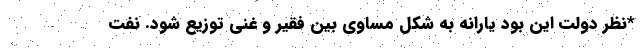
*نظر دولت این بود یارانه به شکل مساوی بین فقیر و غنی توزیع شود. نفت